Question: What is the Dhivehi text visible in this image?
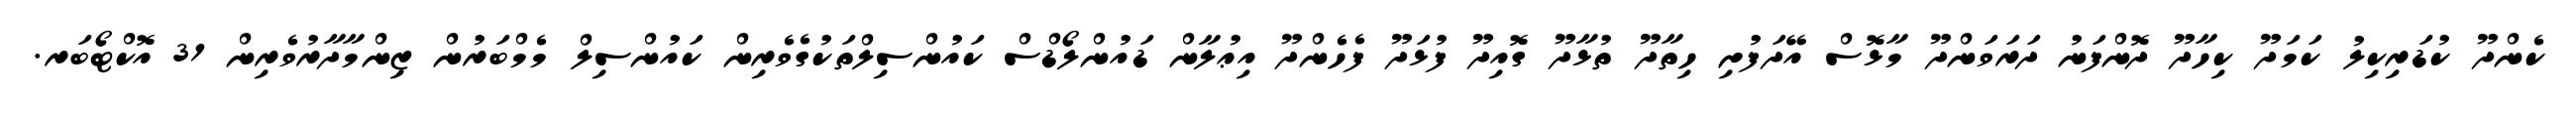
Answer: ކެންދޫ ކުޑަރިކިލު ކަމަދޫ ކިހާދޫ ދޮންފަނު ދަރަވަންދޫ މާޅޮސް އޭދަފުށި ހިތާދޫ ތުޅާދޫ ގޮއިދޫ ފުޅަދޫ ފެހެންދޫ އިޢުލާން ޑައުންލޯޑްސް ކައުންސިލްތަކުގެވެރިން ކައުންސިލް މެމްބަރުން ޒިންމާދާރުވެރިން 31 އޮކްޓޯބަރ.